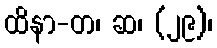
ထိနာ-တ၊ ဆ၊ (၂၉)၊